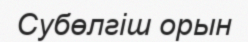
Субөлгіш орын